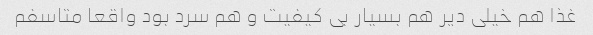
غذا هم خیلی دیر هم بسیار بی کیفیت و هم سرد بود واقعا متاسفم